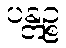
ပန္တဉ္စ